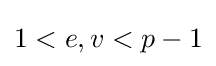
1<e,v<p-1